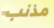
مذنب